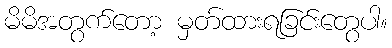
မိမိအတွက်တော့ မှတ်ထားရခြင်းတွေပါ။